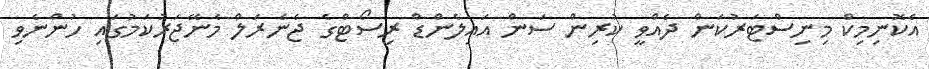
އެކޮނިމިކް މިނިސްޓަރުކަން ދެއްވީ ކުރިން ސަން އައިލެންޑް ރިސޯޓްގެ ޖެނެރަލް މެނޭޖަރުކަމުގައި ހުންނެވި